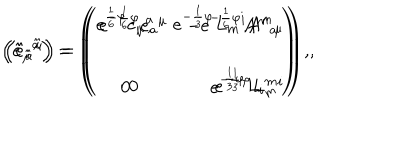
\left( \hat { e } _ { \hat { \mu } } { } ^ { \hat { a } } \right) = \left( \begin{array} { c r } { { e ^ { \frac { 1 } { 6 } \varphi } e _ { \mu } { } ^ { a } } } & { { e ^ { - \frac { 1 } { 3 } \varphi } L _ { m } { } ^ { i } A ^ { m } { } _ { \mu } } } \\ { { } } & { { } } \\ { { 0 } } & { { e ^ { - \frac { 1 } { 3 } \varphi } L _ { m } { } ^ { i } } } \\ \end{array} \right) \, , \hspace { 1 c m } \left( \hat { e } _ { \hat { a } } { } ^ { \hat { \mu } } \right) = \left( \begin{array} { c r } { { e ^ { - \frac { 1 } { 6 } \varphi } e _ { a } { } ^ { \mu } } } & { { - e ^ { - \frac { 1 } { 6 } \varphi } A ^ { m } { } _ { a } } } \\ { { } } & { { } } \\ { { 0 } } & { { e ^ { \frac { 1 } { 3 } \varphi } L _ { i } { } ^ { m } } } \\ \end{array} \right) \, ,